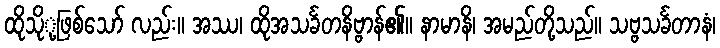
ထိုသိုု့ဖြစ်သော် လည်း။ အဿ၊ ထိုအသင်္ခတနိဗ္ဗာန်၏။ နာမာနိ၊ အမည်တို့သည်။ သဗ္ဗသင်္ခတာနံ၊